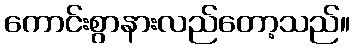
ကောင်းစွာနားလည်တော့သည်။